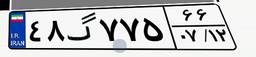
۴۸گ۷۷۵۶۶